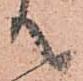
て